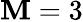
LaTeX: \mathbf{M}=3